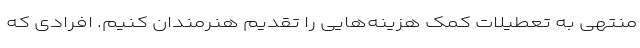
منتهی به تعطیلات کمک هزینه‌هایی را تقدیم هنرمندان کنیم. افرادی که